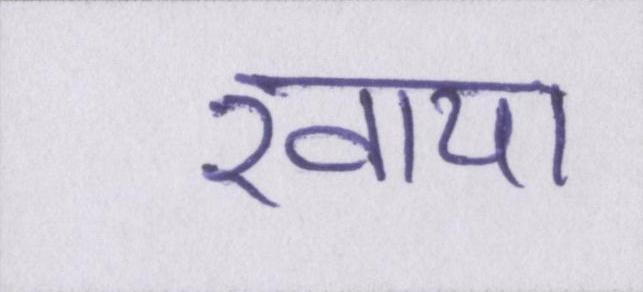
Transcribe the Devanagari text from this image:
खाया